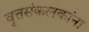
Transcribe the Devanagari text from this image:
वृत्तसंकलकांना